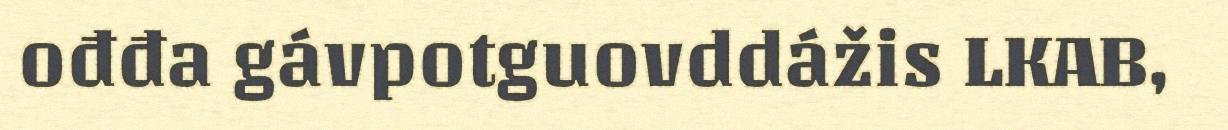
ođđa gávpotguovddážis LKAB,